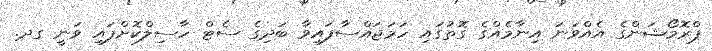
ޕްރޮމޯޝަންގެ އެއްވަނަ އިނާމެއްގެ ގޮތުގައި ހަމަޖައްސާފައިވާ ބަދިގެ ސެޓް ހާސިލްކޮށްފައި ވަނީ ގދ.